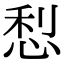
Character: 悡